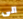
الى